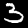
Digit: 3